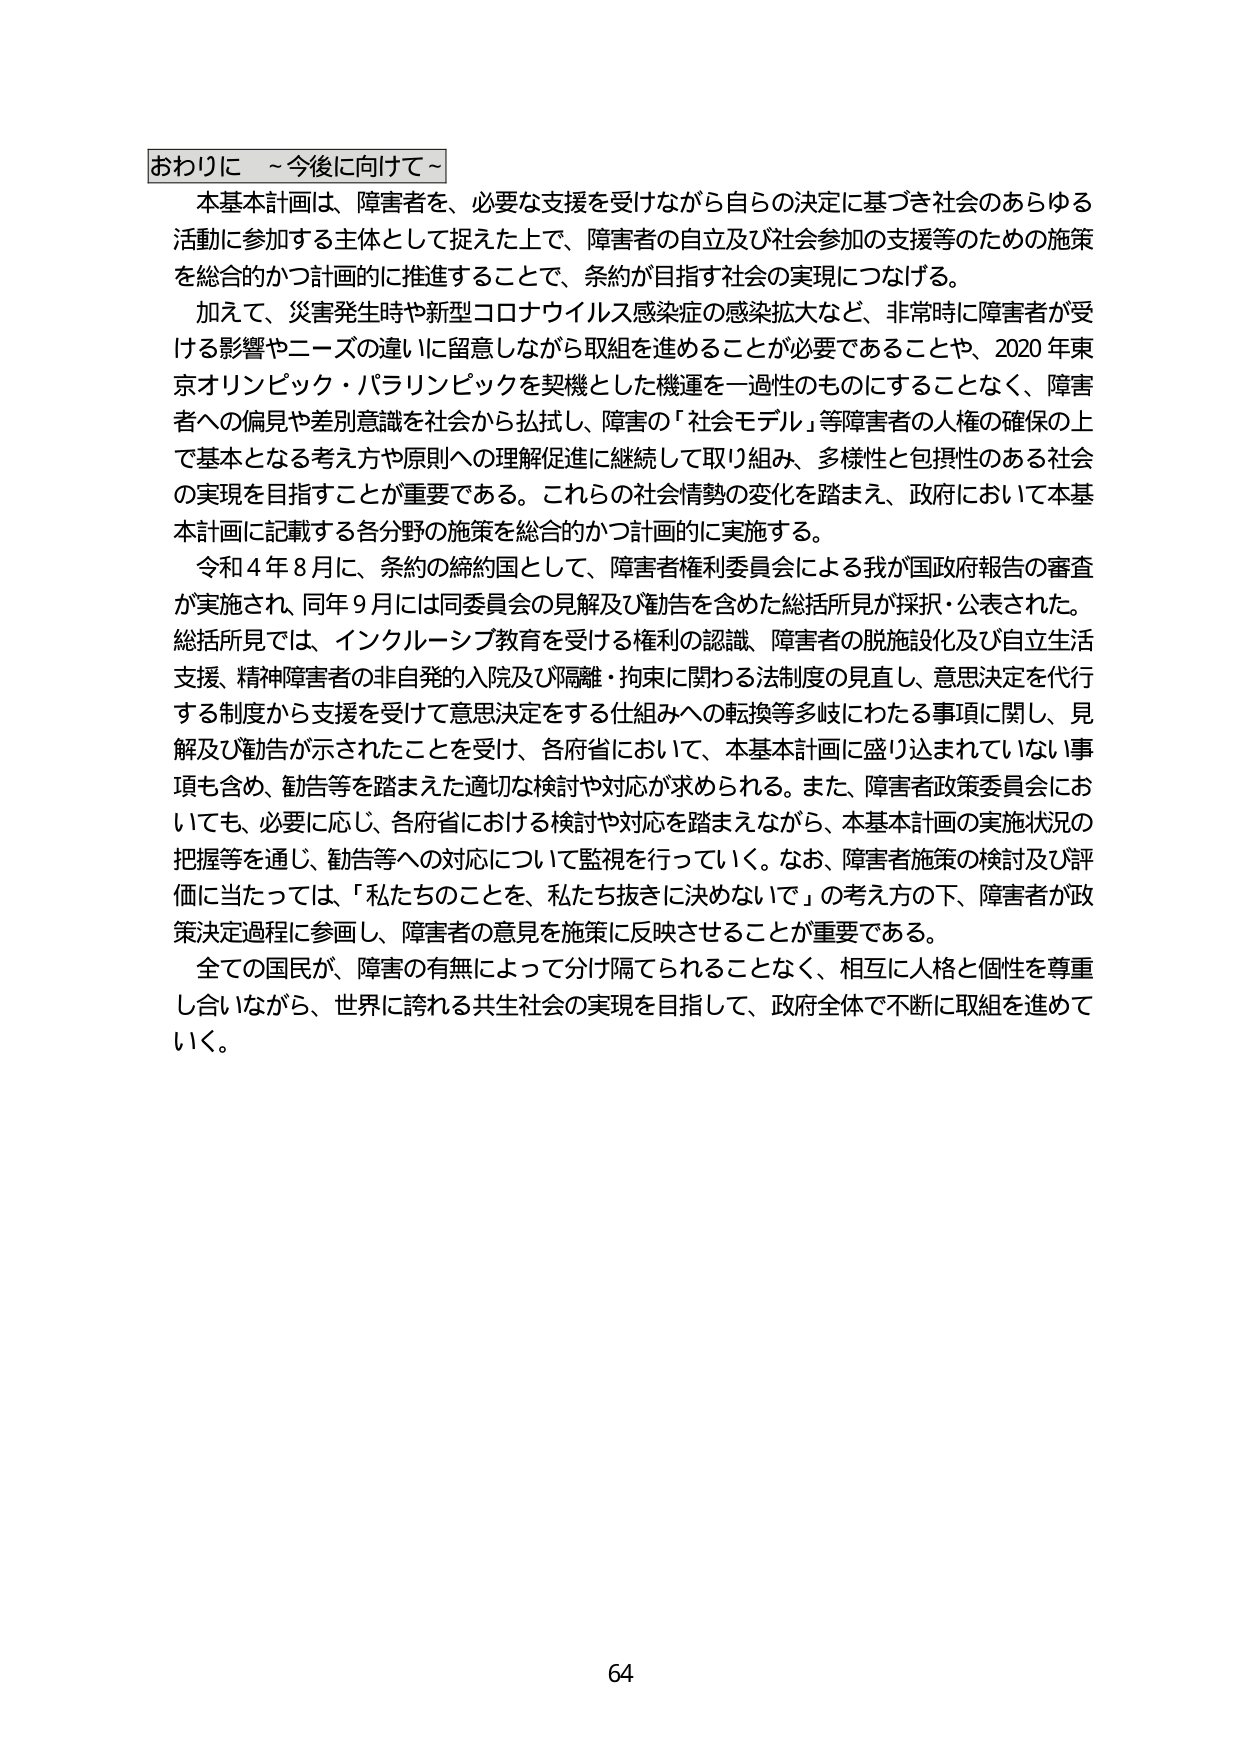
おわりに ～今後に向けて～

本基本計画は、障害者を、必要な支援を受けながら自らの決定に基づき社会のあらゆる活動に参加する主体として捉えた上で、障害者の自立及び社会参加の支援等のための施策を総合的かつ計画的に推進することで、条約が目指す社会の実現につなげる。

加えて、災害発生時や新型コロナウイルス感染症の感染拡大など、非常時に障害者が受ける影響やニーズの違いに留意しながら取組を進めることが必要であることや、2020年東京オリンピック・パラリンピックを契機とした機運を一過性のものにすることなく、障害者への偏見や差別意識を社会から払拭し、障害の「社会モデル」等障害者の人権の確保の上で基本となる考え方や原則への理解促進に継続して取り組み、多様性と包摂性のある社会の実現を目指すことが重要である。これらの社会情勢の変化を踏まえ、政府において本基本計画に記載する各分野の施策を総合的かつ計画的に実施する。

令和4年8月に、条約の締約国として、障害者権利委員会による我が国政府報告の審査が実施され、同年9月には同委員会の見解及び勧告を含めた総括所見が採択・公表された。総括所見では、インクルーシブ教育を受ける権利の認識、障害者の脱施設化及び自立生活支援、精神障害者の非自発的入院及び隔離・拘束に関わる法制度の見直し、意思決定を代行する制度から支援を受けて意思決定をする仕組みへの転換等多岐にわたる事項に関し、見解及び勧告が示されたことを受け、各府省において、本基本計画に盛り込まれていない事項も含め、勧告等を踏まえた適切な検討や対応が求められる。また、障害者政策委員会においても、必要に応じ、各府省における検討や対応を踏まえながら、本基本計画の実施状況の把握等を通じ、勧告等への対応について監視を行っていく。なお、障害者施策の検討及び評価に当たっては、「私たちのことを、私たち抜きに決めないで」の考え方の下、障害者が政策決定過程に参画し、障害者の意見を施策に反映させることが重要である。

全ての国民が、障害の有無によって分け隔てられることなく、相互に人格と個性を尊重し合いながら、世界に誇れる共生社会の実現を目指して、政府全体で不断に取組を進めていく。

64